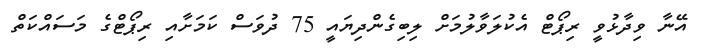
އޭނާ ވިދާޅުވީ ރިޕޯޓް އެކުލަވާލުމަށް ލިބިގެންދިޔައީ 75 ދުވަސް ކަމަށާއި ރިޕޯޓްގެ މަސައްކަތް